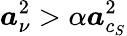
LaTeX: \boldsymbol{a}_{\nu}^{2}>\alpha\boldsymbol{a}_{c_{S}}^{2}